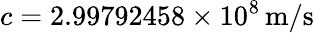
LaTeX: c=2.99792458\times 10^{8}\, {\mathrm{m}}/{\mathrm{s}}